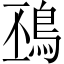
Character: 䲹